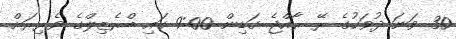
30 ވަނަ ދުވަހުގެ ރޭ ރާއްޖެ ގަޑިން 9:00 ގައި ބްރެޒިލްގެ ވެރިރަށް